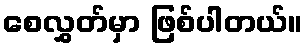
စေလွှတ်မှာ ဖြစ်ပါတယ်။